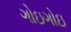
ગોઇગોઇ